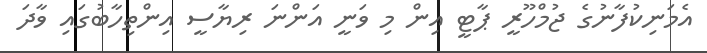
އެމަނިކުފާނުގެ ޖުމްހޫރީ ޕާޓީ އިން މި ވަނީ އަންނަ ރިޔާސީ އިންތިހާބުގައި ވާދަ